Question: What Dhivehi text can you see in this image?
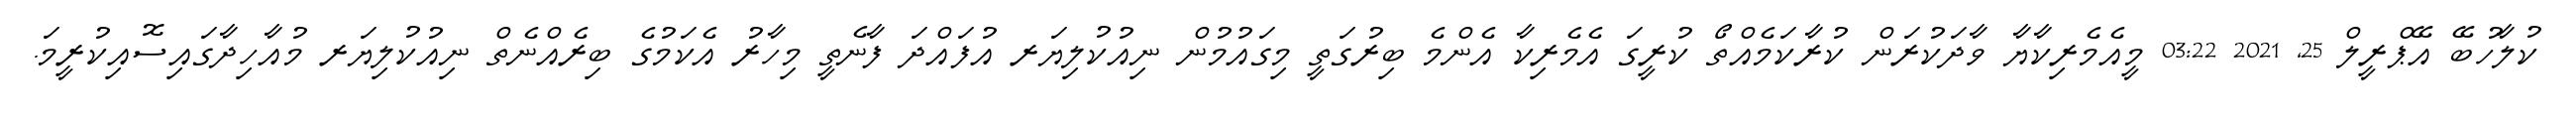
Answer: ކުލާހުބޭ އޭޕްރީލް 25, 2021 03:22 މީއެމެރިކާޔާ ވާދަކުރަން ކުރާކަމެއްތޯ ކުރީގަ އެމެރިކާ އެންމެ ބިރުގަތީ މިގައުމުން ނިއުކުލިޔަރ އުފައްދަ ފާނެތީ މިހާރު އެކަމުގެ ބިރެއްނެތް ނިއުކުލިޔަރ މުއާހިދާގައިސޮއިކުރީމަ.